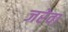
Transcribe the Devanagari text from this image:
जरेवा